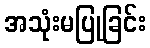
အသုံးမပြုခြင်း